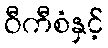
ဝီကီစံနှင့်